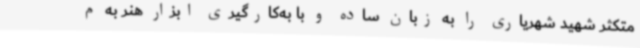
متکثر شهید شهریاری را به زبان ساده و با به‌کارگیری ابزار هنر به م